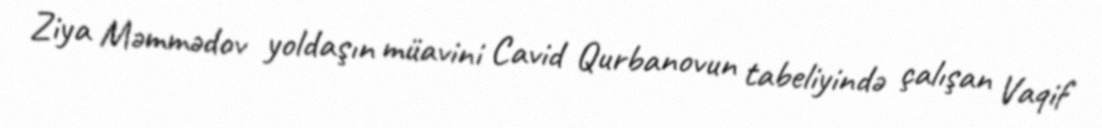
Ziya Məmmədov yoldaşın müavini Cavid Qurbanovun tabeliyində çalışan Vaqif